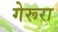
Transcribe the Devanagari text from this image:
गेरूरा